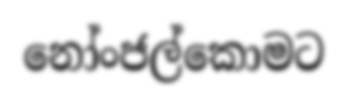
නෝංජල්කොමට